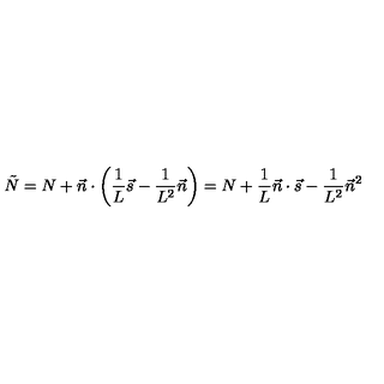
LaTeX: \tilde { N } = N + \vec { n } \cdot \left( \frac { 1 } { L } \vec { s } - \frac { 1 } { L ^ { 2 } } \vec { n } \right) = N + \frac { 1 } { L } \vec { n } \cdot \vec { s } - \frac { 1 } { L ^ { 2 } } { \vec { n } } ^ { 2 }